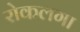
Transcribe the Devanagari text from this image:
रोकलगा